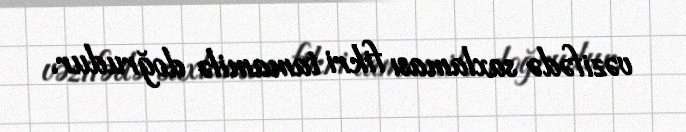
vəzifədə saxlaması fikri tamamilə doğrudur.